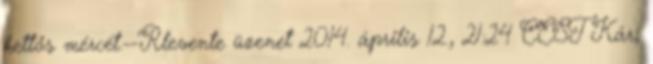
kettős mércét.--Rlevente üzenet 2014. április 12., 21:24 CEST Kár,